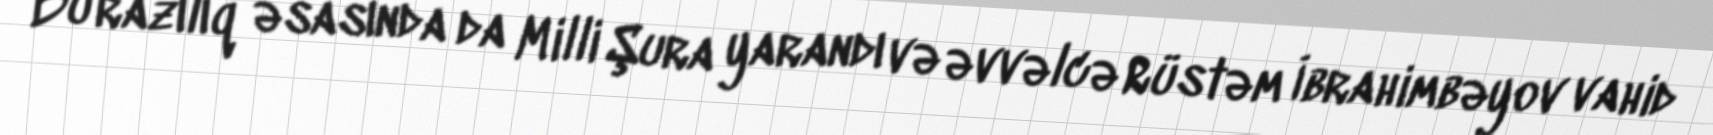
Bu razılıq əsasında da Milli Şura yarandı və əvvəlcə Rüstəm İbrahimbəyov vahid